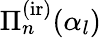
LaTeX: \Pi_{n}^{\mathrm{(ir)}}(\alpha_{l})